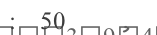
:  50